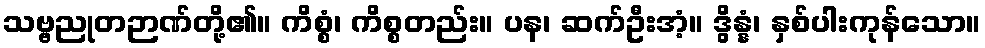
သဗ္ဗညုတဉာဏ်တို့၏။ ကိစ္စံ၊ ကိစ္စတည်း။ ပန၊ ဆက်ဦးအံ့။ ဒွိန္နံ၊ နှစ်ပါးကုန်သော။